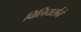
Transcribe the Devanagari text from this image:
विलियर्सने